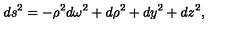
d s ^ { 2 } = - \rho ^ { 2 } d \omega ^ { 2 } + d \rho ^ { 2 } + d y ^ { 2 } + d z ^ { 2 } ,